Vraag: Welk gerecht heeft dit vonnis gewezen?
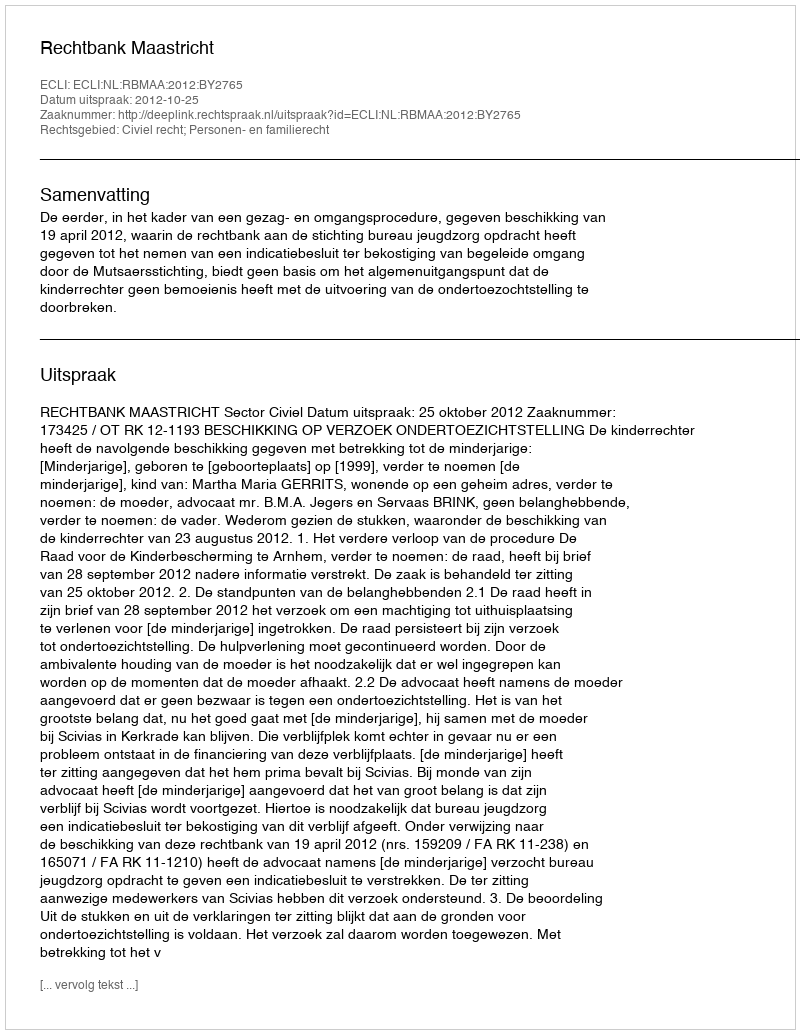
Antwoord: Rechtbank Maastricht